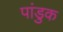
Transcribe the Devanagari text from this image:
पांडुक